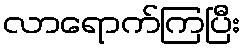
လာရောက်ကြပြီး